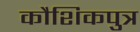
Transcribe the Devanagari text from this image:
कौशिकपुत्र